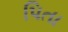
પિતા